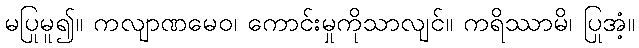
မပြုမူ၍။ ကလျာဏမေဝ၊ ကောင်းမှုကိုသာလျင်။ ကရိဿာမိ၊ ပြုအံ့။